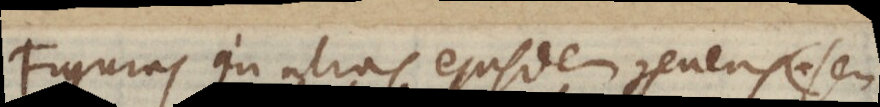
Figuras in alias ejusdem geneus seu